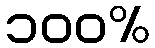
၁၀၀%